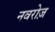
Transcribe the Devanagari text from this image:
नवरोज़